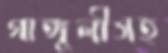
গাঙ্গুলীসহ